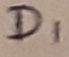
Text: D1